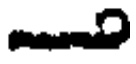
?